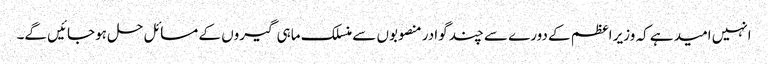
انہیں امید ہے کہ وزیر اعظم کے دورے سے چند گوادر منصوبوں سے منسلک ماہی گیروں کے مسائل حل ہوجائیں گے۔